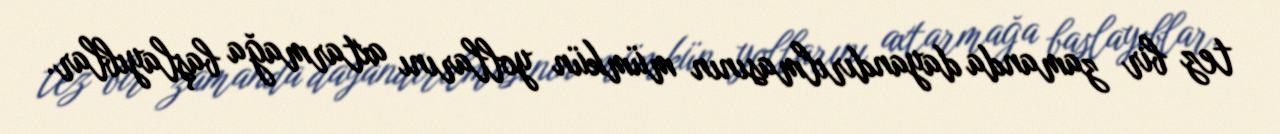
tez bir zamanda dayandırılmasının mümkün yollarını axtarmağa başlayıblar.